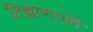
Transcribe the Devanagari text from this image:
तिल्लाणाशी